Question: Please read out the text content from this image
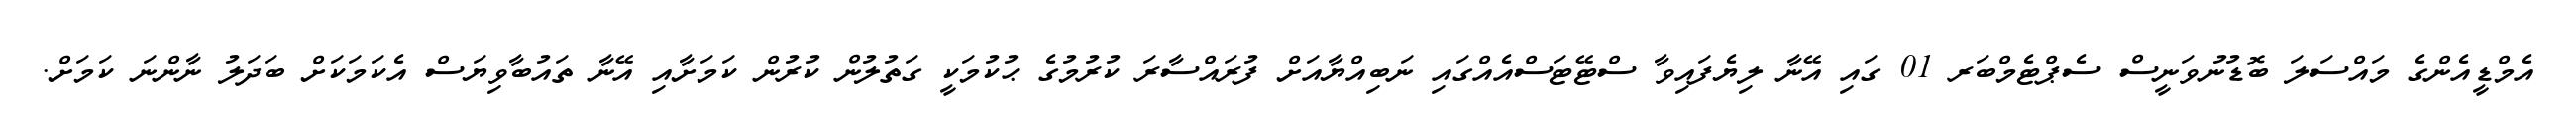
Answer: އެމްޑީއެންގެ މައްސަލަ ބޮޑުނުވަނީސް ސެޕްޓެމްބަރ 01 ގައި އޭނާ ލިޔެފައިވާ ސްޓޭޓަސްއެއްގައި ނަބިއްޔާއަށް ފުރައްސާރަ ކުރުމުގެ ޙުކުމަކީ ގަތުލުން ކުރުން ކަމަށާއި އޭނާ ތައުބާވިޔަސް އެކަމަކަށް ބަދަލު ނާންނަ ކަމަށް.